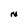
Character: N